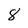
Character: 8